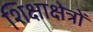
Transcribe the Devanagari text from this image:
शिक्षाक्षेत्रों